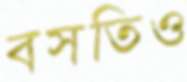
বসতিও